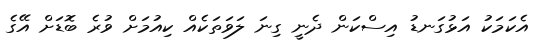
އެކަމަކު އަޅުގަނޑު އިސްކަން ދެނީ ގިނަ ލަވަތަކެއް ކިއުމަށް ވުރެ ބޮޑަށް އޭގެ